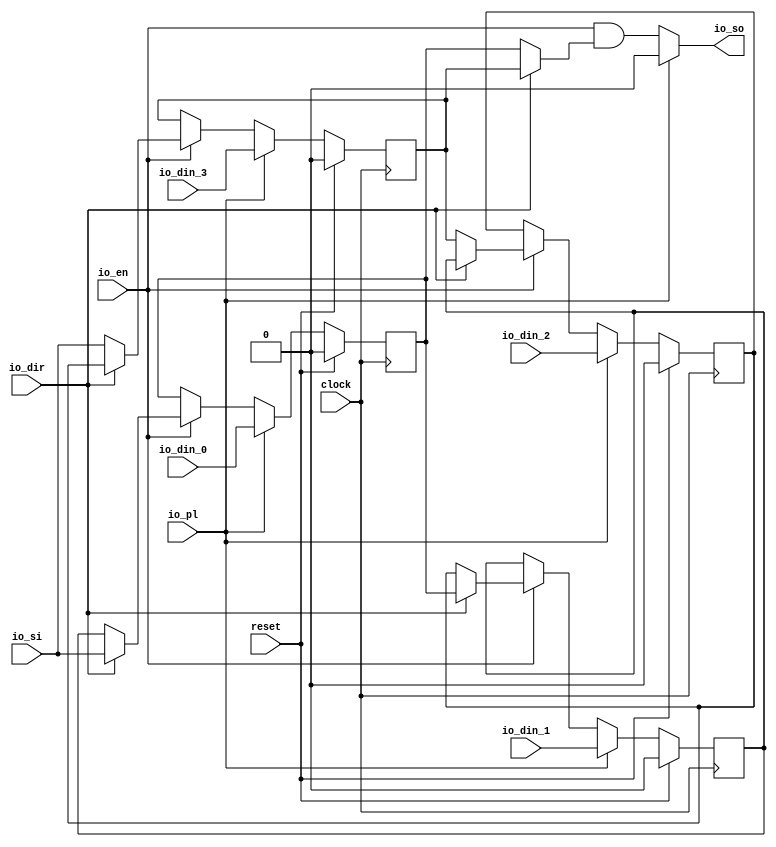
module Barrel(
  input   clock,
  input   reset,
  input   io_din_0,
  input   io_din_1,
  input   io_din_2,
  input   io_din_3,
  input   io_si,
  input   io_pl,
  input   io_en,
  input   io_dir,
  output  io_so
);
  reg  reg_0; // @[barrelshifter.scala 18:20]
  reg  reg_1; // @[barrelshifter.scala 18:20]
  reg  reg_2; // @[barrelshifter.scala 18:20]
  reg  reg_3; // @[barrelshifter.scala 18:20]
  wire  _GEN_4 = ~io_dir ? reg_0 : reg_3; // @[barrelshifter.scala 24:28 29:15 35:15]
  wire  _GEN_9 = io_en & _GEN_4; // @[barrelshifter.scala 23:24 19:9]
  assign io_so = io_pl ? 1'h0 : _GEN_9; // @[barrelshifter.scala 20:22 19:9]
  always @(posedge clock) begin
    if (reset) begin // @[barrelshifter.scala 18:20]
      reg_0 <= 1'h0; // @[barrelshifter.scala 18:20]
    end else if (io_pl) begin // @[barrelshifter.scala 20:22]
      reg_0 <= io_din_0; // @[barrelshifter.scala 21:9]
    end else if (io_en) begin // @[barrelshifter.scala 23:24]
      if (~io_dir) begin // @[barrelshifter.scala 24:28]
        reg_0 <= reg_1; // @[barrelshifter.scala 26:20]
      end else begin
        reg_0 <= io_si; // @[barrelshifter.scala 34:16]
      end
    end
    if (reset) begin // @[barrelshifter.scala 18:20]
      reg_1 <= 1'h0; // @[barrelshifter.scala 18:20]
    end else if (io_pl) begin // @[barrelshifter.scala 20:22]
      reg_1 <= io_din_1; // @[barrelshifter.scala 21:9]
    end else if (io_en) begin // @[barrelshifter.scala 23:24]
      if (~io_dir) begin // @[barrelshifter.scala 24:28]
        reg_1 <= reg_2; // @[barrelshifter.scala 26:20]
      end else begin
        reg_1 <= reg_0; // @[barrelshifter.scala 32:20]
      end
    end
    if (reset) begin // @[barrelshifter.scala 18:20]
      reg_2 <= 1'h0; // @[barrelshifter.scala 18:20]
    end else if (io_pl) begin // @[barrelshifter.scala 20:22]
      reg_2 <= io_din_2; // @[barrelshifter.scala 21:9]
    end else if (io_en) begin // @[barrelshifter.scala 23:24]
      if (~io_dir) begin // @[barrelshifter.scala 24:28]
        reg_2 <= reg_3; // @[barrelshifter.scala 26:20]
      end else begin
        reg_2 <= reg_1; // @[barrelshifter.scala 32:20]
      end
    end
    if (reset) begin // @[barrelshifter.scala 18:20]
      reg_3 <= 1'h0; // @[barrelshifter.scala 18:20]
    end else if (io_pl) begin // @[barrelshifter.scala 20:22]
      reg_3 <= io_din_3; // @[barrelshifter.scala 21:9]
    end else if (io_en) begin // @[barrelshifter.scala 23:24]
      if (~io_dir) begin // @[barrelshifter.scala 24:28]
        reg_3 <= io_si; // @[barrelshifter.scala 28:16]
      end else begin
        reg_3 <= reg_2; // @[barrelshifter.scala 32:20]
      end
    end
  end
endmodule